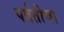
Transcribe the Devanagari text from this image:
पर्वतीचा